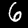
Digit: 6